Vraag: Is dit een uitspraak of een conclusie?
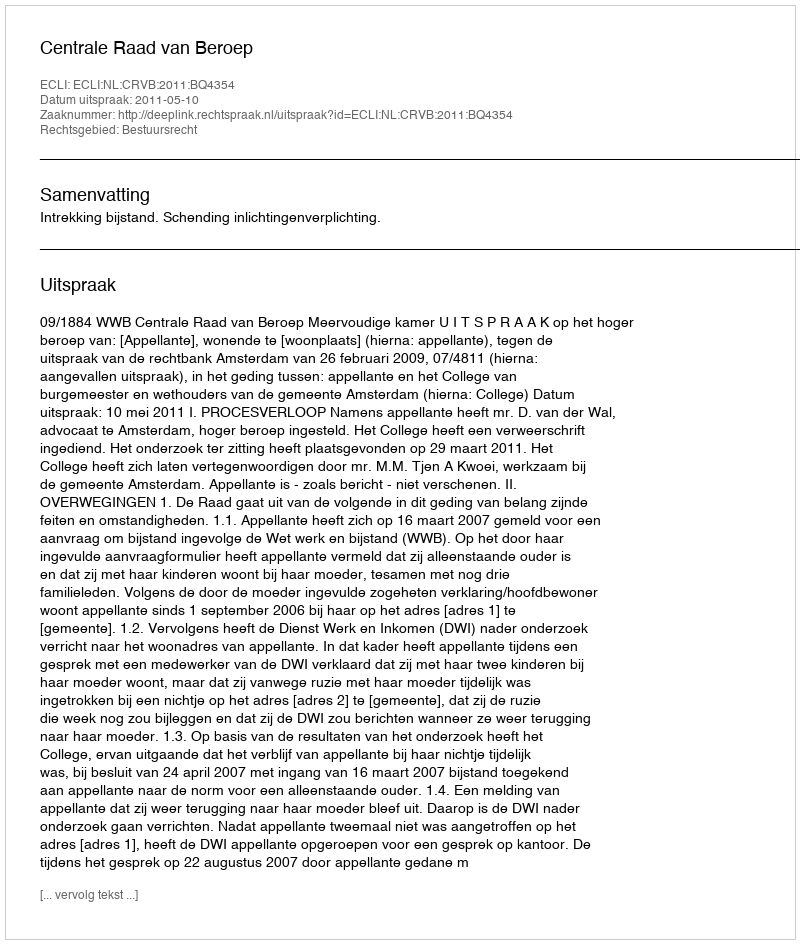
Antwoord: Uitspraak